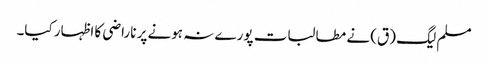
مسلم لیگ (ق) نے مطالبات پورے نہ ہونے پر ناراضی کا اظہار کیا۔